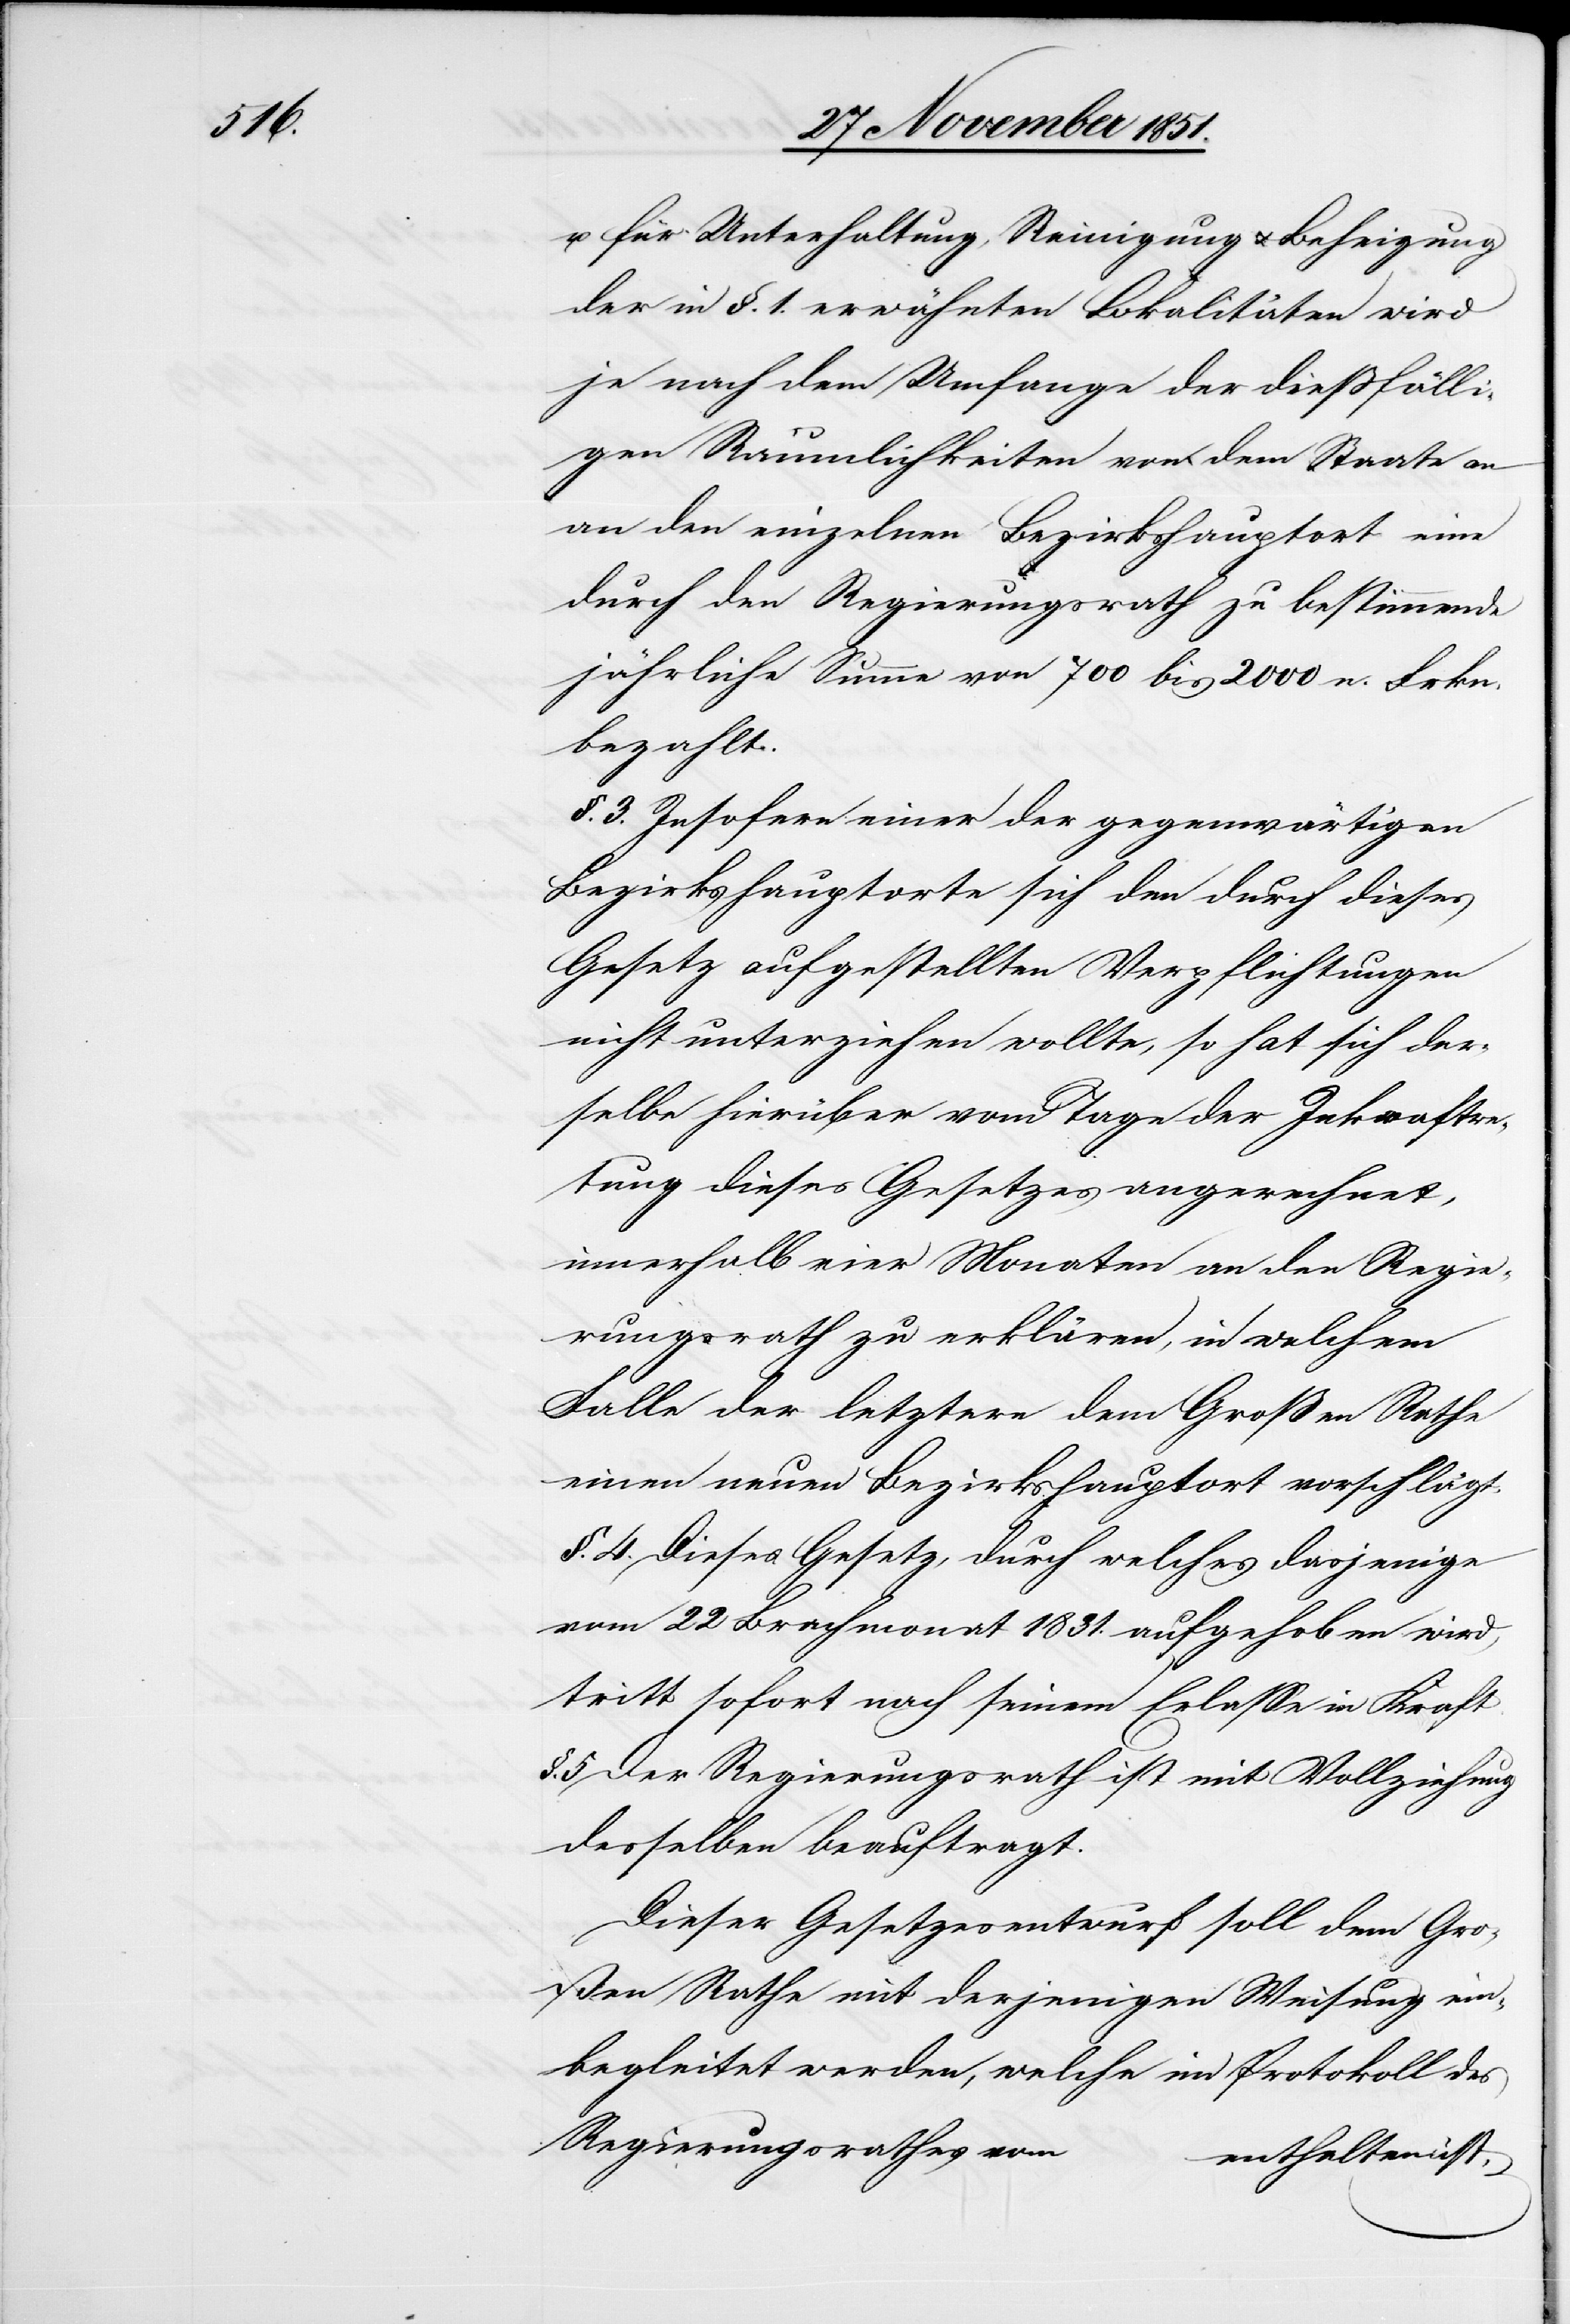
u. für Unterhaltung, Reinigung & Beheizung
der in §. 1. erwähnten Lokalitäten wird
je nach dem Umfange der dießfälli¬
gen Räumlichkeiten von dem Staate
an den einzelnen Bezirkshauptort eine
durch den Regierungsrath zu bestimmende
jährliche Summe von 700 bis 2000 n. Frkn.
bezahlt.
§. 3. Insofern einer der gegenwärtigen
Bezirkshauptorte sich den durch dieses
Gesetz aufgestellten Verpflichtungen
nicht unterziehen wollte, so hat sich der¬
selbe hierüber vom Tage der Inkraft[t]re¬
tung dieses Gesetzes angerechnet,
innerhalb vier Monaten an den Regie¬
rungsrath zu erklären, in welchem
Falle der letztere dem Großen Rathe
einen neuen Bezirkshauptort vorschlägt.
§. 4. Dieses Gesetz, durch welches dasjenige
vom 22 Brachmonat 1831. aufgehoben wird,
tritt sofort nach seinem Erlasse in Kraft.
§. 5 Der Regierungsrath ist mit Vollziehung
desselben beauftragt.
Dieser Gesetzesentwurf soll dem Gro¬
ßen Rathe mit derjenigen Weisung ein¬
begleitet werden, welche im Protokoll des
Regierungsrathes vom
enthalten ist.